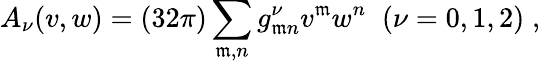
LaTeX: A_{\nu}(v,w)=(32\pi)\sum_{\mathfrak{m},n}g_{\mathfrak{m}n}^{\nu}v^{\mathfrak{m}}w^{n}\; \; (\nu=0,1,2)\; ,